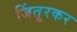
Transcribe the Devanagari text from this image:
जिंतूरकर